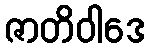
ဇာတိဝါဒေ